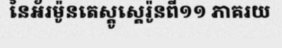
នៃអ័រម៉ូនតេស្តូស្តេរ៉ូនពី១១ ភាគរយ